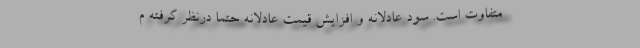
متفاوت است. سود عادلانه و افزایش قیمت عادلانه حتماً درنظر گرفته م